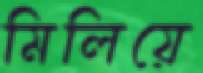
মিলিয়ে